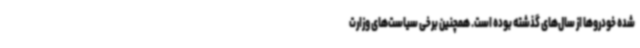
شده خودروها از سال‌های گذشته بوده است. همچنین برخی سیاست‌های وزارت